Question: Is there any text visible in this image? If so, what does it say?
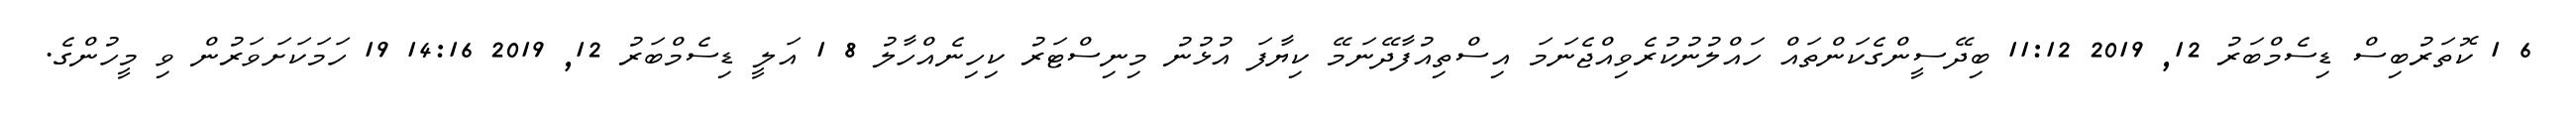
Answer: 6 1 ކޮތަރުބިސް ޑިސެމްބަރު 12, 2019 11:12 ބިދޭސީންގެކަންތައް ހައްލުނުކުރެވިއްޖެނަމަ އިސްތިއުފާދޭނަމޭ ކިޔާފަ އުޅުނު މިނިސްޓަރު ކިހިނެއްހާލު 8 1 އަލީ ޑިސެމްބަރު 12, 2019 14:16 19 ހަމަކަށަވަރުން ވި މީހުންގެ.